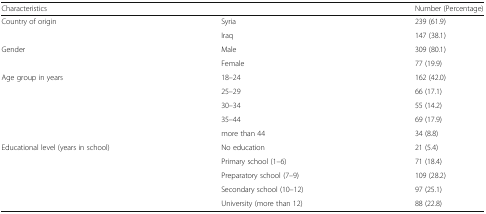
<table><thead><tr><td colspan="2"><b>Characteristics</b></td><td><b>Number (Percentage)</b></td></tr></thead><tbody><tr><td rowspan="2">Country of origin</td><td>Syria</td><td>239 (61.9)</td></tr><tr><td>Iraq</td><td>147 (38.1)</td></tr><tr><td rowspan="2">Gender</td><td>Male</td><td>309 (80.1)</td></tr><tr><td>Female</td><td>77 (19.9)</td></tr><tr><td rowspan="5">Age group in years</td><td>18–24</td><td>162 (42.0)</td></tr><tr><td>25–29</td><td>66 (17.1)</td></tr><tr><td>30–34</td><td>55 (14.2)</td></tr><tr><td>35–44</td><td>69 (17.9)</td></tr><tr><td>more than 44</td><td>34 (8.8)</td></tr><tr><td rowspan="5">Educational level (years in school)</td><td>No education</td><td>21 (5.4)</td></tr><tr><td>Primary school (1–6)</td><td>71 (18.4)</td></tr><tr><td>Preparatory school (7–9)</td><td>109 (28.2)</td></tr><tr><td>Secondary school (10–12)</td><td>97 (25.1)</td></tr><tr><td>University (more than 12)</td><td>88 (22.8)</td></tr></tbody></table>